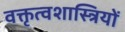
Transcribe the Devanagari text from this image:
वक्तृत्वशास्त्रियों